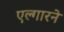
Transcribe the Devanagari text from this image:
एल्गारने